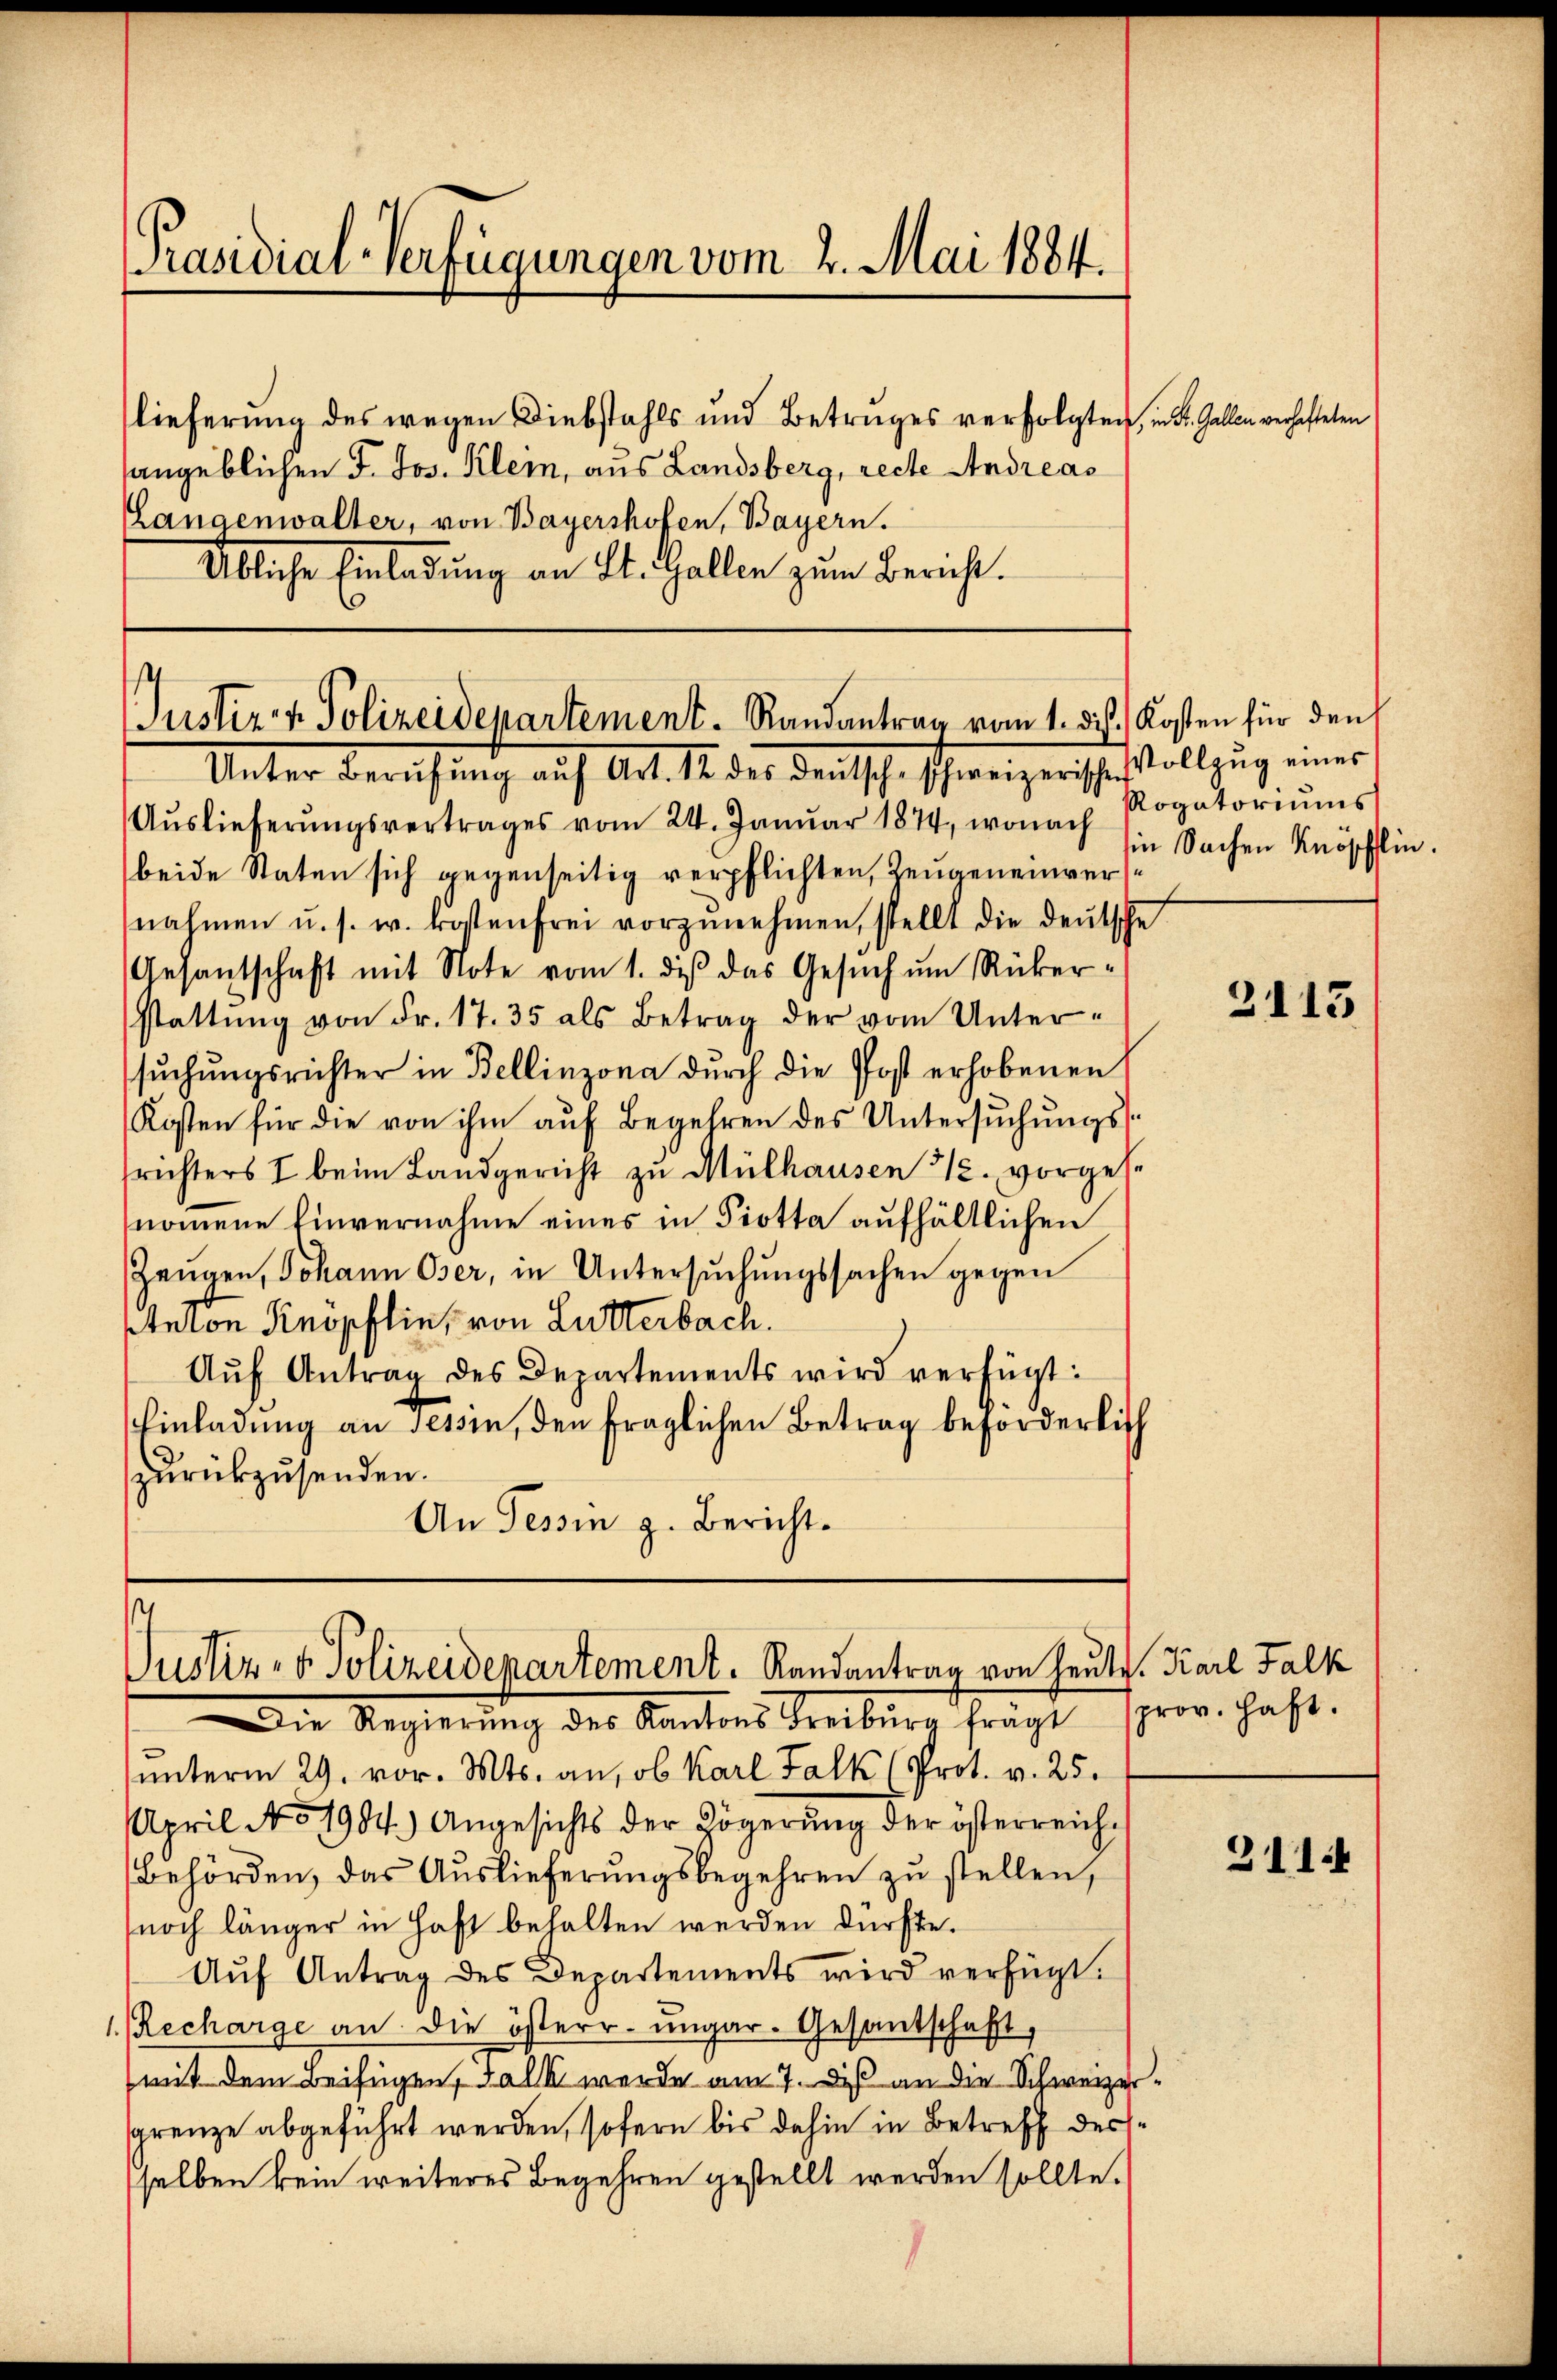
Präsidial-Verfügungen vom 2. Mai 1884.

lieferung des wegen Diebstahls und Betruges verfolgten, in St. Gallen verhafteten
sangeblichen F. Jos. Klein, aus Landsberg, recte Andreas
Langenwalter, von Bayershofen, Bayern.
Übliche Einladung an St. Gallen zum Bericht.

Justiz- & Polizeidepartement. Randantrag vom 1. die Kosten für den

Justiz- & Polizeidepartement. Randantrag von heu

Unter Berufung auf Art. 12 des Deutsche schweizerische Vollzug einer
Aŭslieferŭngsvertrages vom 24. Janŭar 1874, wonach Rogatoriŭms
beide Staten sich gegenseitig verpflichten, Zeugeneinversnahmen u. s. w. kostenfrei vorzŭnehmen, stellt die deŭtsche
Gesantschaft mit Note vom 1. dis das Gesuch um Rükerstattŭng von Fr. 17. 35 als Betrag der vom Untersuchungsrichter in Bellinzona durch die Post erhobenen
Kosten für die von ihm aŭf Begehren des Untersŭchŭngs-
frichters I beim Landgericht zu Mülhausen 12. vorgese
nommene Einvernahme eines in Piotta aufhältlichen
Zeugen, Johann Oser, in Untersŭchŭngssachen gegen
Anton Knopflin, von Lutterbach.
Aŭf Antrag des Departements wird verfügt:
Einladung an Tessin, den fraglichen Betrag beforderlich
zurückzusenden.
An Tessin g. Bericht.

Die Regierung des Kantons Freiburg frägt prov. Haft.
ŭnterm 29. vor. Mts. an, ob Karl Falk (Prot. v. 25.
April No 1984.) Angesichts der Zögerŭng der österreich-
Behörden, das Auslieferungsbegehren zu stellen,
noch länger in Haft behalten werden dürfte.
Aŭf Antrag des Departements wird verfügt:
1. Recharge an die österr. ungar-Gesandschaft,
mit dem Beifügen, Falk werde am 7. des an die Schweizersgrenze abgeführt werden, sofern bis dahin in Betreff derselben kein weiteres Begehren gestellt werden sollte.

in Sachen Knöpfflin.

2113

W. Karl Falk

311.